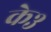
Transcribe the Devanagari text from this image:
के३